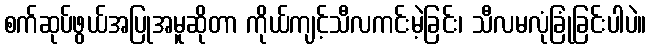
စက်ဆုပ်ဖွယ်အပြုအမူဆိုတာ ကိုယ်ကျင့်သီလကင်းမဲ့ခြင်း၊ သီလမလုံခြုံခြင်းပါပဲ။